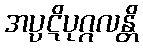
အပ္ပဋိပုဂ္ဂလန္တိ